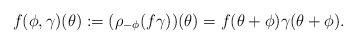
LaTeX: \begin{align*} f(\phi,\gamma)(\theta) := (\rho_{-\phi}(f \gamma))(\theta) = f(\theta+\phi)\gamma(\theta+\phi) .\end{align*}